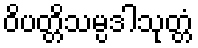
ဝိပတ္တိသမ္ပဒါသုတ္တံ